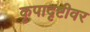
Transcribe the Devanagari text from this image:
कृपादृष्टीवर